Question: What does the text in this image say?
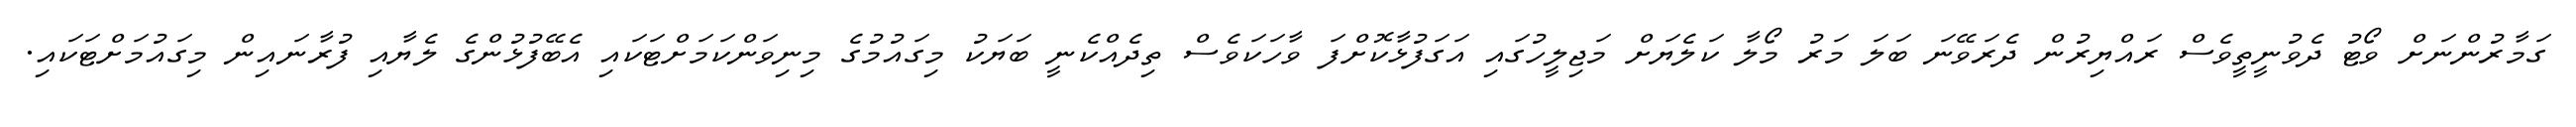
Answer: ގަމާރުންނަށް ވޯޓު ދެވުނީތީވެސް ރައްޔިރުން ދެރަވޭނަ ބަލަ މަރު މޯލާ ކަލެޔަށް މަޖިލީހުގައި އަގަފުޅާކޮށްފަ ވާހަކަވެސް ތިދެއްކެނީ ބަޔަކު މިގައުމުގެ މިނިވަންކަމަށްޓަކައި އެބޭފުޅުންގެ ލެޔާއި ފުރާނައިން މިގައުމަށްޓަކައި.